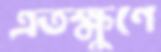
এতক্ষুণে